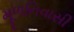
મૂળનિવાસી